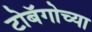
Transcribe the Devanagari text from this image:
टोबॅगोच्या